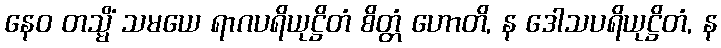
နေဝ တသ္မိံ သမယေ ရာဂပရိယုဋ္ဌိတံ စိတ္တံ ဟောတိ, န ဒေါသပရိယုဋ္ဌိတံ, န